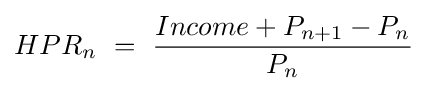
HPR_{n}\ =\ {\frac {Income+P_{n+1}-P_{n}}{P_{n}}}